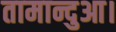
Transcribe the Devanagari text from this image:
तामान्दुआ।